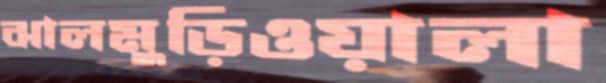
ঝালমুড়িওয়ালা